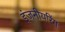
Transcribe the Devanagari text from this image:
इंजनीयरिंग